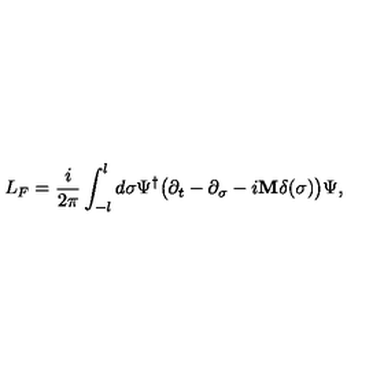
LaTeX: L _ { F } = \frac { i } { 2 \pi } \int _ { - l } ^ { l } d \sigma \Psi ^ { \dagger } \bigl ( \partial _ { t } - \partial _ { \sigma } - i { \bf M } \delta ( \sigma ) \bigr ) \Psi ,